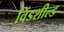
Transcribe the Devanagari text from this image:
विंडशील्‍ड